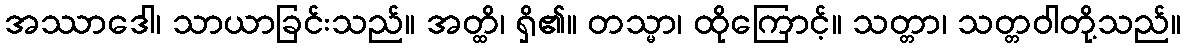
အဿာဒေါ၊ သာယာခြင်းသည်။ အတ္ထိ၊ ရှိ၏။ တသ္မာ၊ ထိုကြောင့်။ သတ္တာ၊ သတ္တဝါတို့သည်။